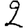
Digit: 2